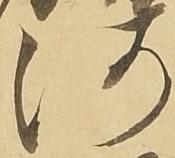
河